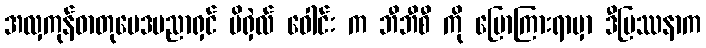
အလှကုန်ဓာတုဗေဒပညာရှင် မိရှဲလ် ဝေါင်း က ဘီဘီစီ ကို ပြောကြားရာမှာ ဒီပြဿနာက